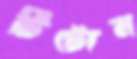
টিটোন